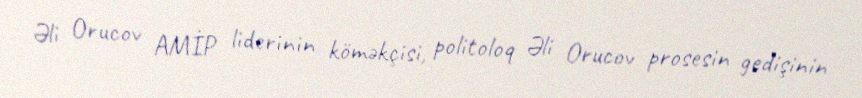
Əli Orucov AMİP liderinin köməkçisi, politoloq Əli Orucov prosesin gedişinin